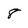
Character: 8